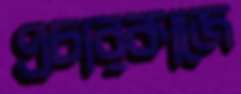
প্রচারকাজে